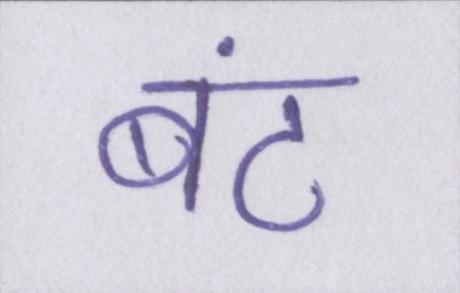
बंट